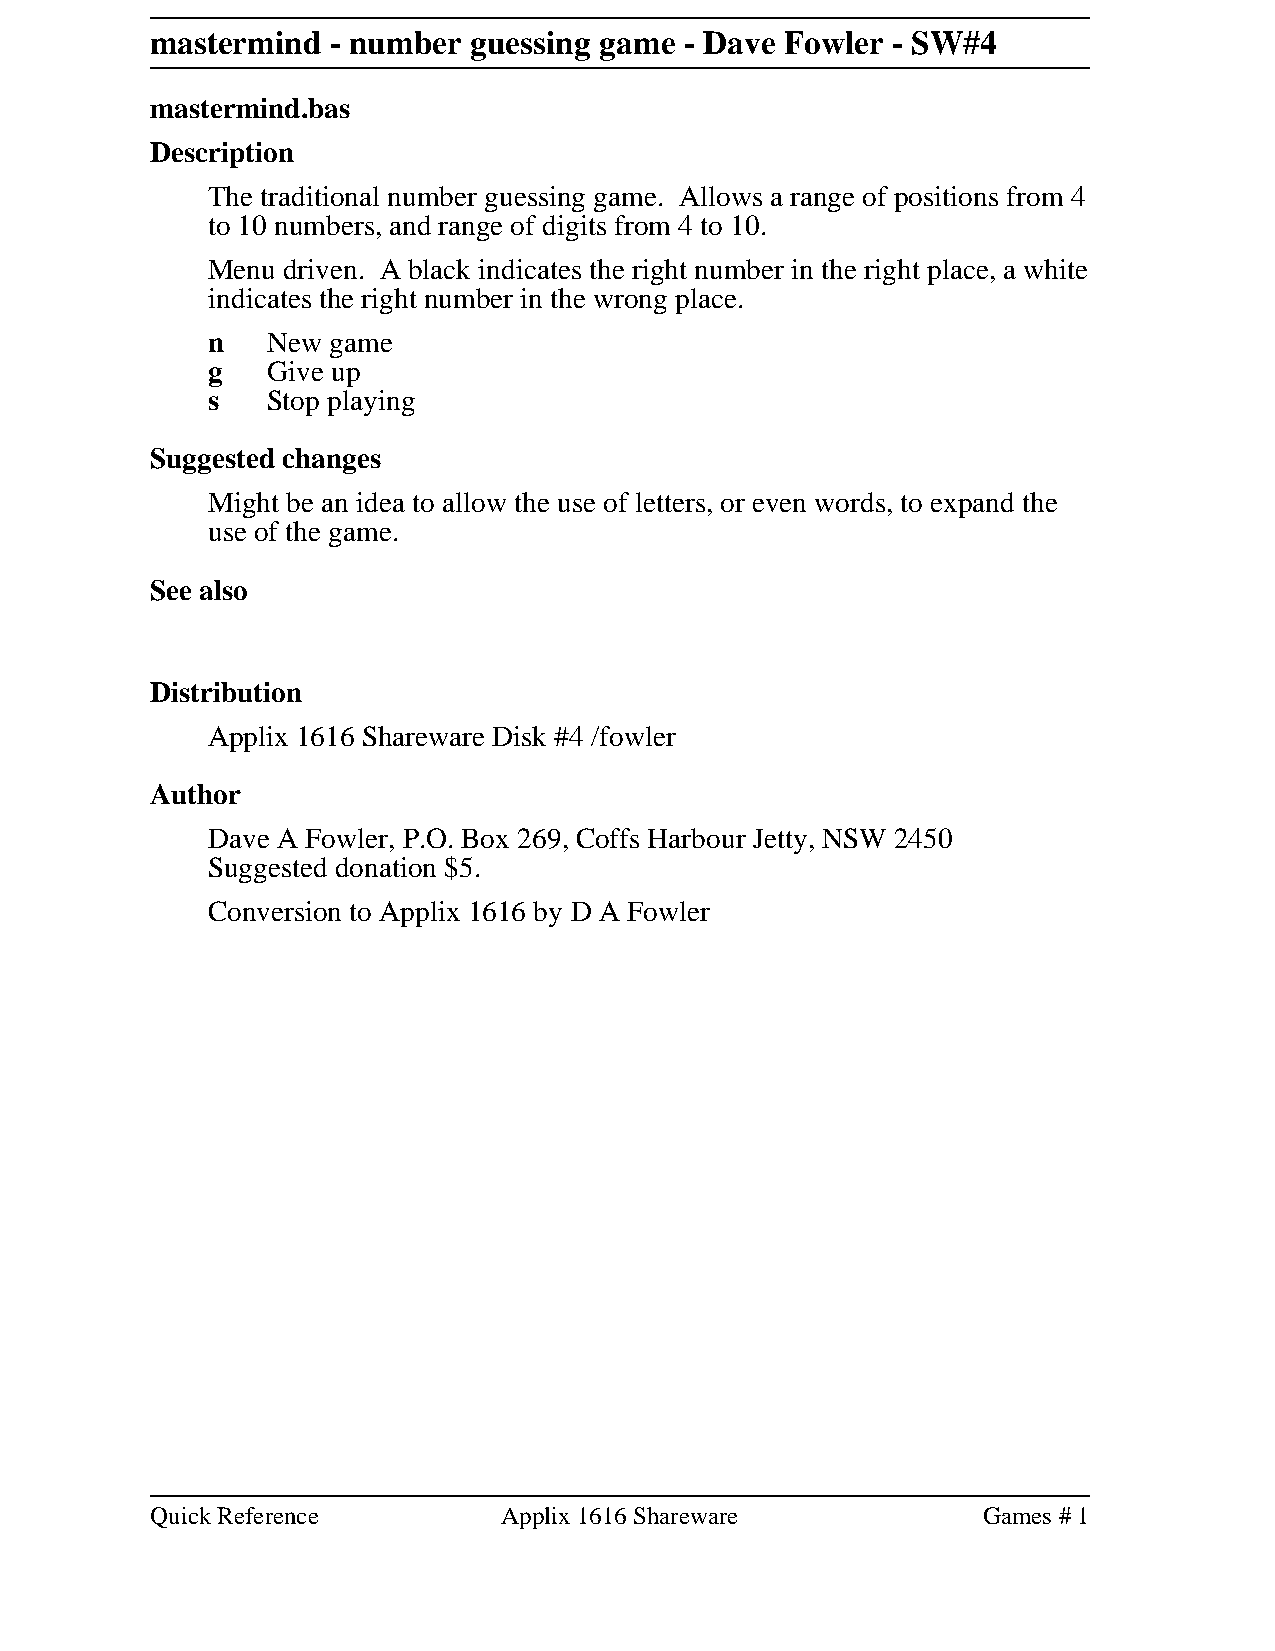
mastermind  - number guessing game - Dave Fowler - SW#4
 mastermind.bas
 Description
 The traditional number guessing game. Allows a range of positions from 4
 to 10 numbers, and range of digits from 4 to 10.
 Menu driven. A black indicates the right number in the right place, a white
 indicates the right number in the wrong place.
 n   New game
 g   Give up
 s   Stop playing
 Suggested changes
 Might be an idea to allow the use of letters, or even words, to expand the
 use of the game.
 See also
 Distribution
 Applix 1616 Shareware Disk #4 /fowler
 Author
 Dave A Fowler, P.O. Box 269, Coffs Harbour Jetty, NSW 2450
 Suggested donation $5.
 Conversion to Applix 1616 by D A Fowler
 Quick Reference        Applix 1616 Shareware           Games # 1